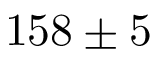
1 5 8 \pm 5